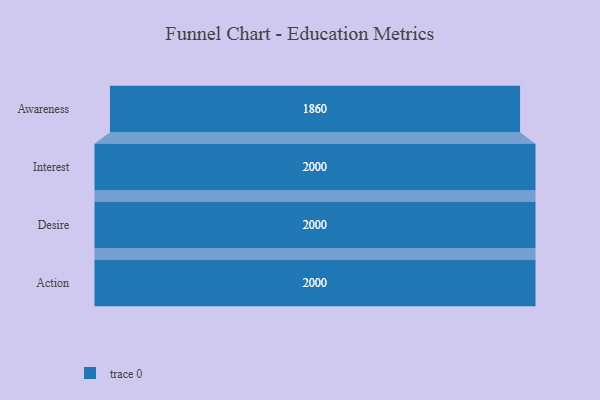
{"axis": {"x": "Stage", "y": "Value"}, "legend": [""], "data": [{"x": "Awareness", "y": 1860.0, "type": ""}, {"x": "Interest", "y": 2000, "type": ""}, {"x": "Desire", "y": 2000, "type": ""}, {"x": "Action", "y": 2000, "type": ""}]}